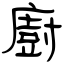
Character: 廚